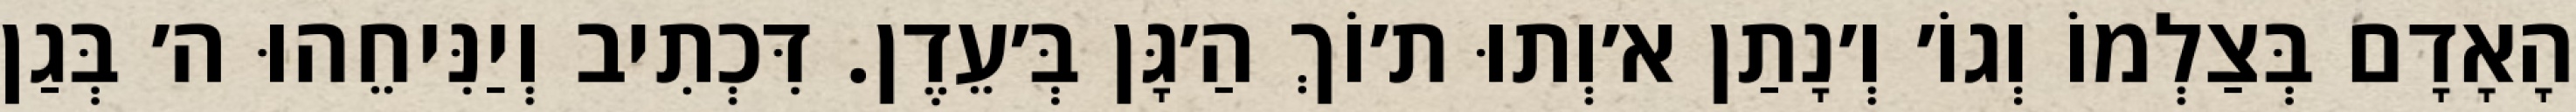
הָאָדָם בְּצַלְמוֹ וְגוֹ׳ וְ׳נָתַן א׳וְתוּ ת׳וֹךְ הַ׳גָּן בְּ׳עֵדֶן. דִּכְתִיב וְיַנִּיחֵהוּ ה׳ בְּגַן